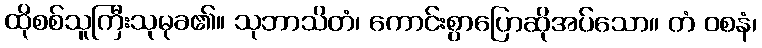
ထိုစစ်သူကြီးသုမုခ၏။ သုဘာသိတံ၊ ကောင်းစွာပြောဆိုအပ်သော။ တံ ဝစနံ၊